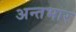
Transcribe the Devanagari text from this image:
अन्तभार